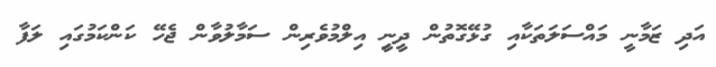
އަދި ޒަމާނީ މައްސަލަތަކާއި ގުޅޭގޮތުން ދީނިީ އިލްމުވެރިން ސަމާލުވާން ޖެހޭ ކަންކަމުގައި ލަފާ